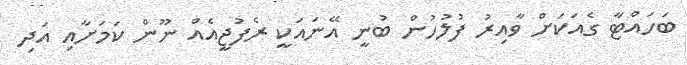
ބަހައްޓާ ގެއަކަށް ވާއިރު ފުލުހުން ބުނީ އޭނައަކީ ރެފުޖީއެއް ނޫން ކަމަށާއި އަދި